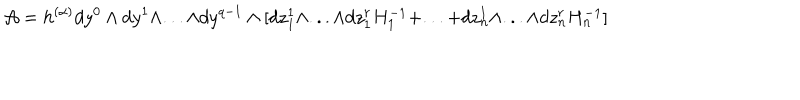
{ \cal A } = h ^ { ( \alpha ) } d y ^ { 0 } \wedge d y ^ { 1 } \wedge . . . \wedge d y ^ { q - 1 } \wedge [ d z _ { 1 } ^ { 1 } \wedge . . . \wedge d z _ { 1 } ^ { r } H _ { 1 } ^ { - 1 } + . . . + d z _ { n } ^ { 1 } \wedge . . . \wedge d z _ { n } ^ { r } H _ { n } ^ { - 1 } ]